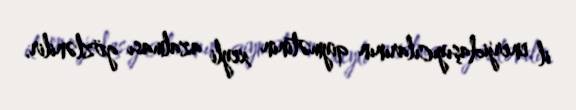
il enerjidaşıyıcılarının qiymətinin xeyli azalması gözlənilir.